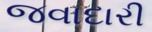
જવાદારી